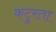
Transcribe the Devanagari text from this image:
कटुरता